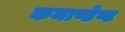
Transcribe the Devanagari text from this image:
कमाण्डेण्ट